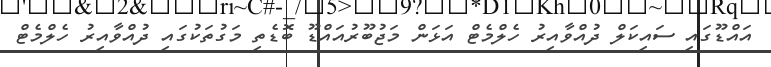
އައްޑޫގައި ސައިކަލް ދުއްވާއިރު ހެލްމެޓް އަޅަން މަޖުބޫރުއައްޑޫ ބޮޑެތި މަގުތަކުގައި ދުއްވާއިރު ހެލްމެޓް